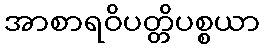
အာစာရဝိပတ္တိပစ္စယာ